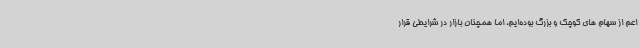
اعم از سهام های کوچک و بزرگ بوده‌ایم، اما همچنان بازار در شرایطی قرار